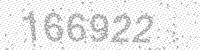
Solution: 166922